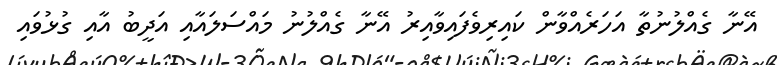
އޭނާ ގެއްލުނުތާ އަހަރެއްވާން ކައިރިވެފައިވާއިރު އޭނާ ގެއްލުނު މައްސަލައާއި އަދީބު އާއި ގުޅުވައި